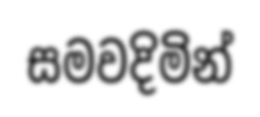
සමවදිමින්